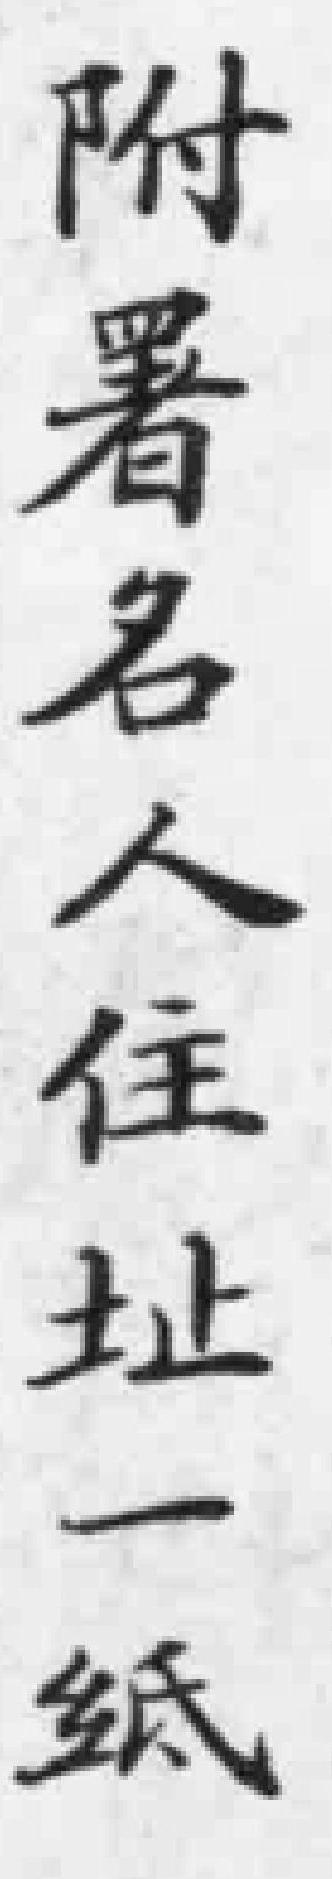
附署名人住址一紙